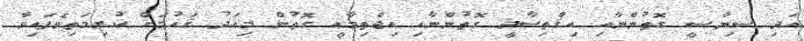
އަދި ސިޔާސީ ގޮތުންނާއި އިޤްތިޞާދީ ގޮތުންނާއި އިޖްތިމާޢީ ގޮތުން މިއަދު ޤައުމަށް ކުރިމަތިވެފައިވާ